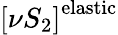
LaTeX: \left[\nu S_{2}\right]^{\mathrm{elastic}}